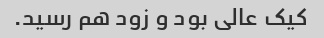
کیک عالی بود و زود هم رسید.